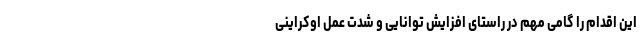
این اقدام را گامی مهم در راستای افزایش توانایی و شدت عمل اوکراینی